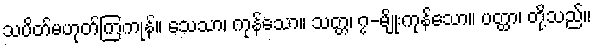
သပိတ်မဟုတ်ကြကုန်။ သေသာ၊ ကုန်သော။ သတ္တ၊ ၇-မျိုးကုန်သော။ ပတ္ထာ၊ တို့သည်။